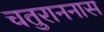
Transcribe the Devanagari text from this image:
चतुराननास